Scientific memoirs by medical officers of the Army of India - Part VIII,
Year: 1894
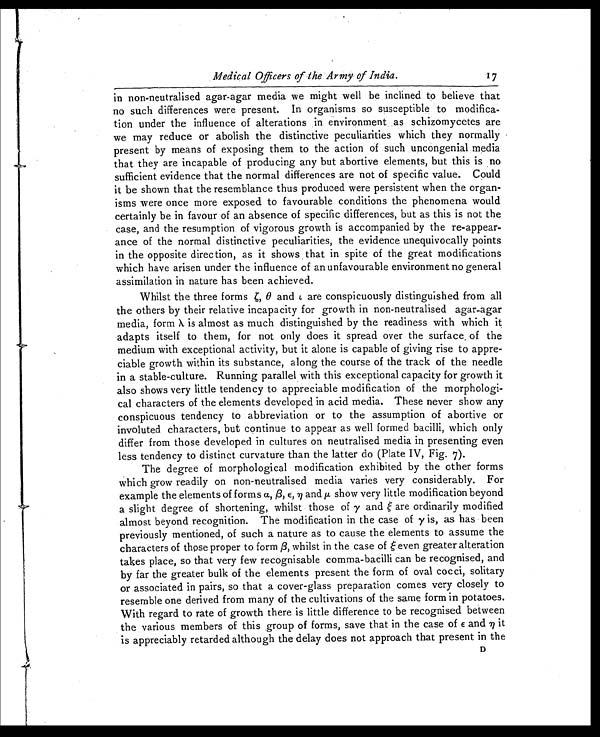
Medical Officers of the Army of India.
17
in non-neutralised agar-agar media we might well be inclined to believe that
no such differences were present. In organisms so susceptible to modifica-
tion under the influence of alterations in environment as schizomycetes are
we may reduce or abolish the distinctive peculiarities which they normally
present by means of exposing them to the action of such uncongenial media
that they are incapable of producing any but abortive elements, but this is no
sufficient evidence that the normal differences are not of specific value. Could
it be shown that the resemblance thus produced were persistent when the organ-
isms were once more exposed to favourable conditions the phenomena would
certainly be in favour of an absence of specific differences, but as this is not the
case, and the resumption of vigorous growth is accompanied by the re-appear-
ance of the normal distinctive peculiarities, the evidence unequivocally points
in the opposite direction, as it shows that in spite of the great modifications
which have arisen under the influence of an unfavourable environment no general
assimilation in nature has been achieved.
Whilst the three forms ζ, θ and ι a r e c o n s p i c u o u s l y d i s t i n g u i s h e d f r o m a l l
the others by their relative incapacity for growth in non-neutralised agar-agar
media, form λ is almost as much distinguished by the readiness with which it
adapts itself to them, for not only does it spread over the surface , of the
medium with exceptional activity, but it alone is capable of giving rise to appre-
ciable growth within its substance, along the course of the track of the needle
in a stable-culture. Running parallel with this exceptional capacity for growth it
also shows very little tendency to appreciable modification of the morphologi-
cal characters of the elements developed in acid media. These never show any
conspicuous tendency to abbreviation or to the assumption of abortive or
involuted characters, but continue to appear as well formed bacilli, which only
differ from those developed in cultures on neutralised media in presenting even
less tendency to distinct curvature than the latter do (Plate IV, Fig. 7).
The degree of morphological modification exhibited by the other forms
Which grow readily on non-neutralised media varies very considerably. For
example the elements of forms α, β, ε, η and μ show very little modification beyond
a slight degree of shortening, whilst those of γ and ξ are ordinarily modified
almost beyond recognition. The modification in the case of γ is, as has been
previously mentioned, of such a nature as to cause the elements to assume the
characters of those proper to form β, whilst in the case of ξ even greater alteration
takes place, so that very few recognisable comma-bacilli can be recognised, and
by far the greater bulk of the elements present the form of oval cocci, solitary
or associated in pairs, so that a cover-glass preparation comes very closely to
resemble one derived from many of the cultivations of the same form in potatoes.
With regard to rate of growth there is little difference to be recognised between
the various members of this group of forms, save that in the case of ε and η it
is appreciably retarded although the delay does not approach that present in the
D